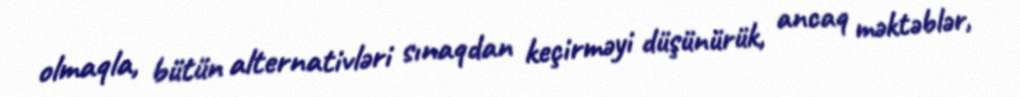
olmaqla, bütün alternativləri sınaqdan keçirməyi düşünürük, ancaq məktəblər,